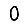
Digit: 0